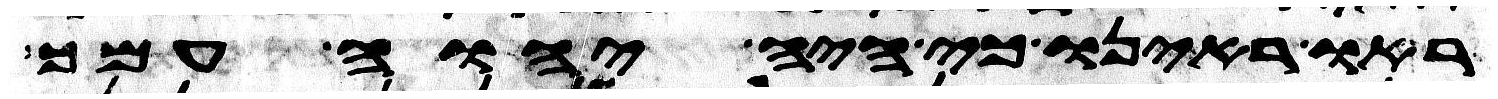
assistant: ראו ראינו כי היה יהוה עמך